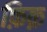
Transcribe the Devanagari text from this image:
फ़िक़